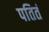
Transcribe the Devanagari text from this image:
पतितं